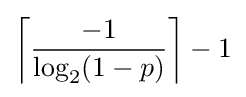
\left\lceil {\frac {-1}{\log _{2}(1-p)}}\right\rceil -1